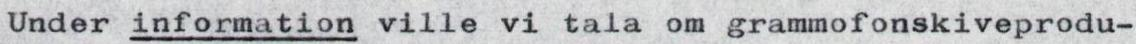
Under information ville vi tala om grammofonskiveprodu-